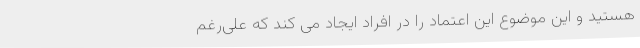
هستید و این موضوع این اعتماد را در افراد ایجاد می کند که علی‌رغم